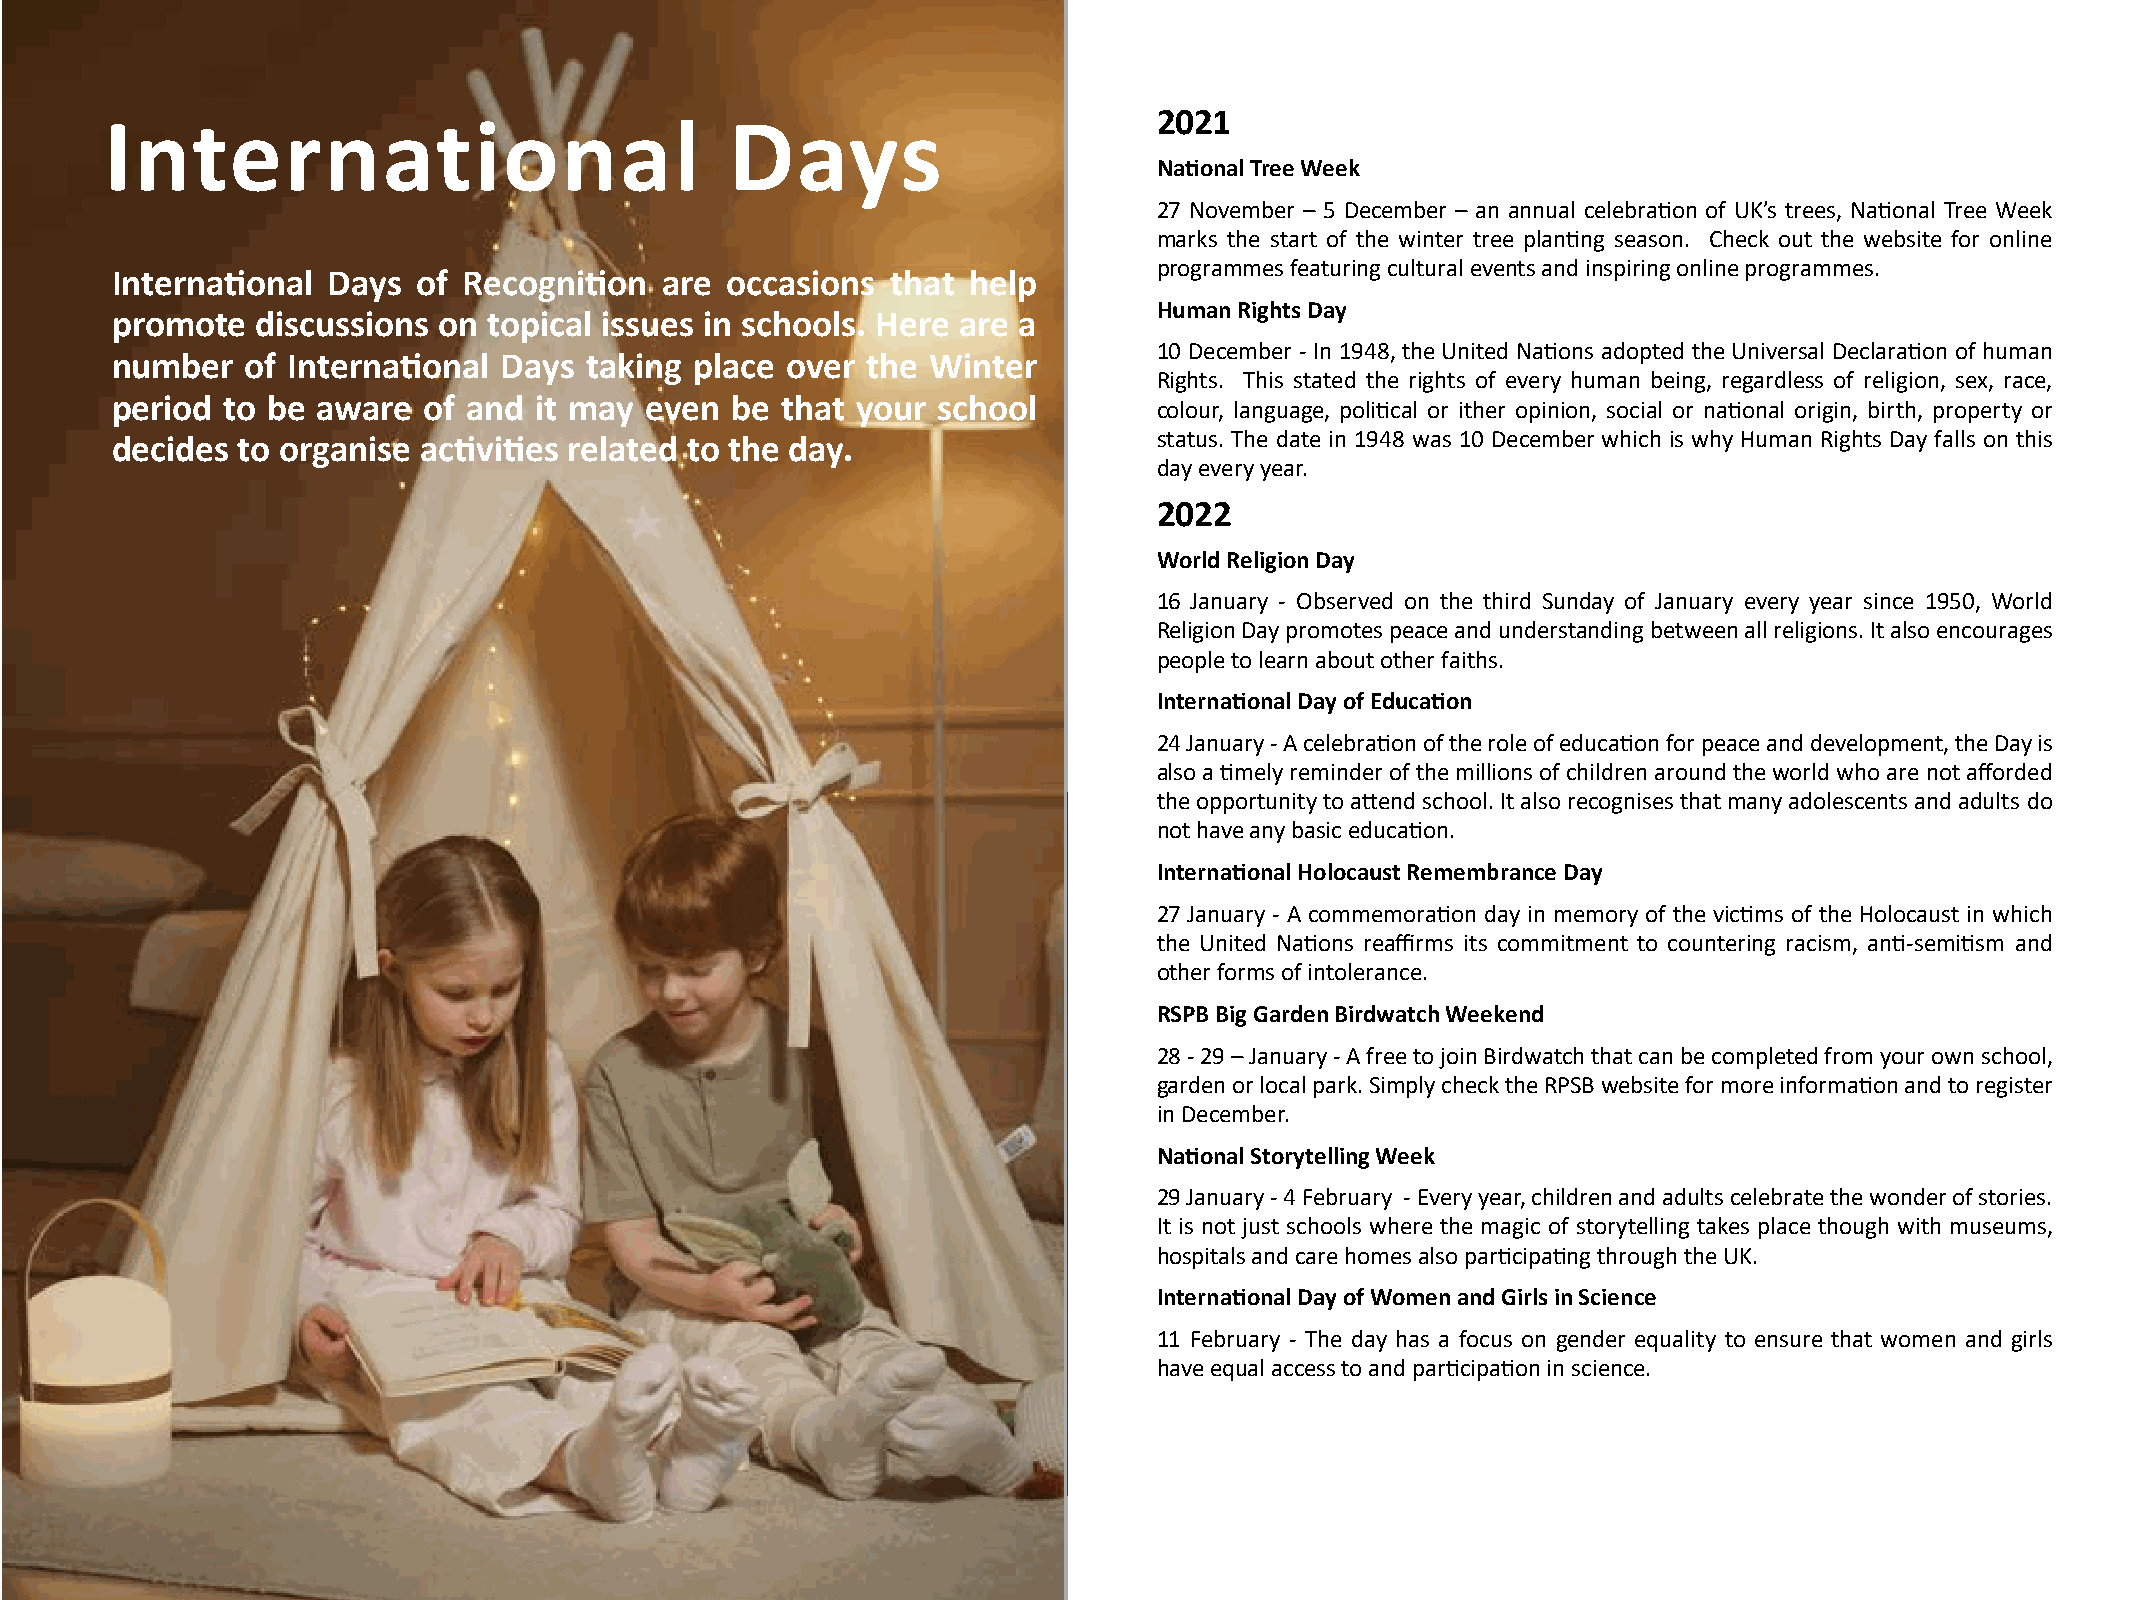
2021
 International                            Days
 National Tree Week
 27 November – 5 December – an annual celebration of UK’s trees, National Tree Week
 marks the start of the winter tree planting season. Check out the website for online
 programmes featuring cultural events and inspiring online programmes.
 International  Days  of Recognition  are occasions  that help
 Human Rights Day
 promote   discussions on topical issues in schools. Here are a
 10 December - In 1948, the United Nations adopted the Universal Declaration of human
 number   of International Days  taking place over the  Winter
 Rights. This stated the rights of every human being, regardless of religion, sex, race,
 period  to be aware  of and it may  even be  that your school         colour, language, political or ither opinion, social or national origin, birth, property or
 status. The date in 1948 was 10 December which is why Human Rights Day falls on this
 decides  to organise activities related to the day.
 day every year.
 2022
 World Religion Day
 16 January - Observed on the third Sunday of January every year since 1950, World
 Religion Day promotes peace and understanding between all religions. It also encourages
 people to learn about other faiths.
 International Day of Education
 24 January - A celebration of the role of education for peace and development, the Day is
 also a timely reminder of the millions of children around the world who are not afforded
 the opportunity to attend school. It also recognises that many adolescents and adults do
 not have any basic education.
 International Holocaust Remembrance Day
 27 January - A commemoration day in memory of the victims of the Holocaust in which
 the United Nations reaffirms its commitment to countering racism, anti-semitism and
 other forms of intolerance.
 RSPB Big Garden Birdwatch Weekend
 28 - 29 – January - A free to join Birdwatch that can be completed from your own school,
 garden or local park. Simply check the RPSB website for more information and to register
 in December.
 National Storytelling Week
 29 January - 4 February - Every year, children and adults celebrate the wonder of stories.
 It is not just schools where the magic of storytelling takes place though with museums,
 hospitals and care homes also participating through the UK.
 International Day of Women and Girls in Science
 11 February - The day has a focus on gender equality to ensure that women and girls
 have equal access to and participation in science.
 3   GO YORKSHIRE DAYS OUT                                                                                               AUTUMN 2020